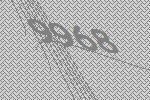
9968